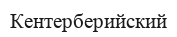
Кентерберийский